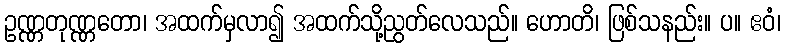
ဥဏ္ဏတုဏ္ဏတော၊ အထက်မှလာ၍ အထက်သို့ညွတ်လေသည်။ ဟောတိ၊ ဖြစ်သနည်း။ ပ။ ဧဝံ၊